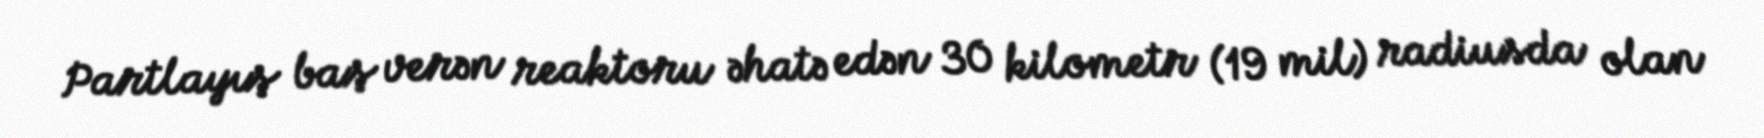
Partlayış baş verən reaktoru əhatə edən 30 kilometr (19 mil) radiusda olan